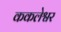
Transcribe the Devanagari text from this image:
ककलेश्वर